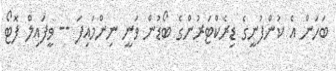
ބަހަން އެ ކުންފުނީގެ ޑިރެކްޓަރުންގެ ބޯޑުން ވަނީ ނިންމައިފަ -- ވީފައިލް ފޮޓޯ